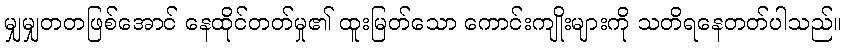
မျှမျှတတဖြစ်အောင် နေထိုင်တတ်မှု၏ ထူးမြတ်သော ကောင်းကျိုးများကို သတိရနေတတ်ပါသည်။